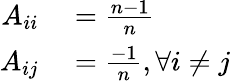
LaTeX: \begin{array}{rl}{A_{ii}}&{{}=\frac{n-1}{n}}\\ {A_{ij}}&{{}=\frac{-1}{n},\forall i\neq j}\end{array}